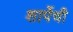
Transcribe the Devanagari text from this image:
शार्पेची